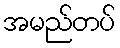
အမည်တပ်